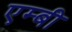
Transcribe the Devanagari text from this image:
एम्बी